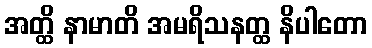
အတ္ထိ နာမာတိ အမရိသနတ္ထ နိပါတော